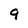
Character: 9